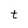
Character: t